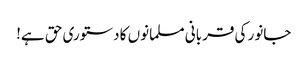
جانور کی قربانی مسلمانوں کا دستوری حق ہے!